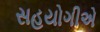
સહયોગીએ